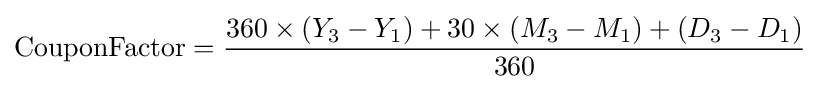
\mathrm {CouponFactor} ={\frac {360\times (Y_{3}-Y_{1})+30\times (M_{3}-M_{1})+(D_{3}-D_{1})}{360}}